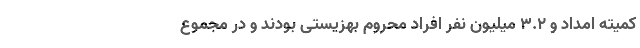
کمیته امداد و 3.2 میلیون نفر افراد محروم بهزیستی بودند و در مجموع